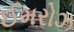
ઈમરોઝ